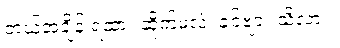
ဘယ်အချိန် ရထား ဆိုက်မလဲ၊ ခင်ဗျား သိလား။